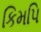
કિમપિ